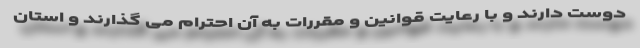
دوست دارند و با رعایت قوانین و مقررات به آن احترام می گذارند و استان